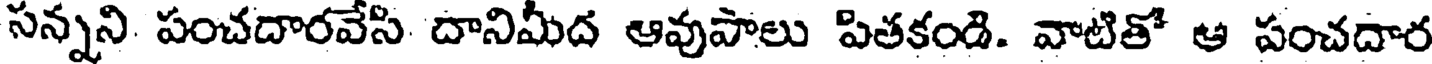
సన్నని పంచదారవేసి దానిమీద ఆవుపాలు పితకండి. వాటితో ఆ పంచదార